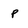
Character: P